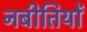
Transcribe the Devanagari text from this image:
नबीतियों